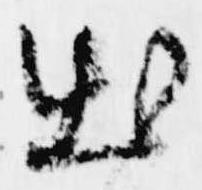
出